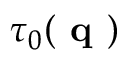
\tau _ { 0 } ( \textbf { q } )